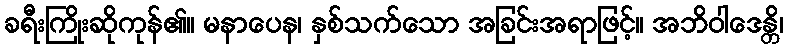
ခရီးကြိုးဆိုကုန်၏။ မနာပေန၊ နှစ်သက်သော အခြင်းအရာဖြင့်။ အဘိဝါဒေန္တိ၊